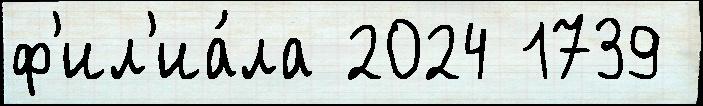
ф'ил'иа́ла 2024 1739